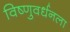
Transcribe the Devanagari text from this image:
विष्णुवर्धनला